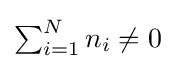
\textstyle \sum _{i=1}^{N}n_{i}\neq 0